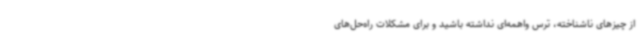
از چیزهای ناشناخته، ترس واهمه‌ای نداشته باشید و برای مشکلات راه‌حل‌های